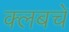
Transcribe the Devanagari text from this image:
क्‍लबचे